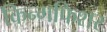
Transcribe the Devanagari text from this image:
किन्गफिशर